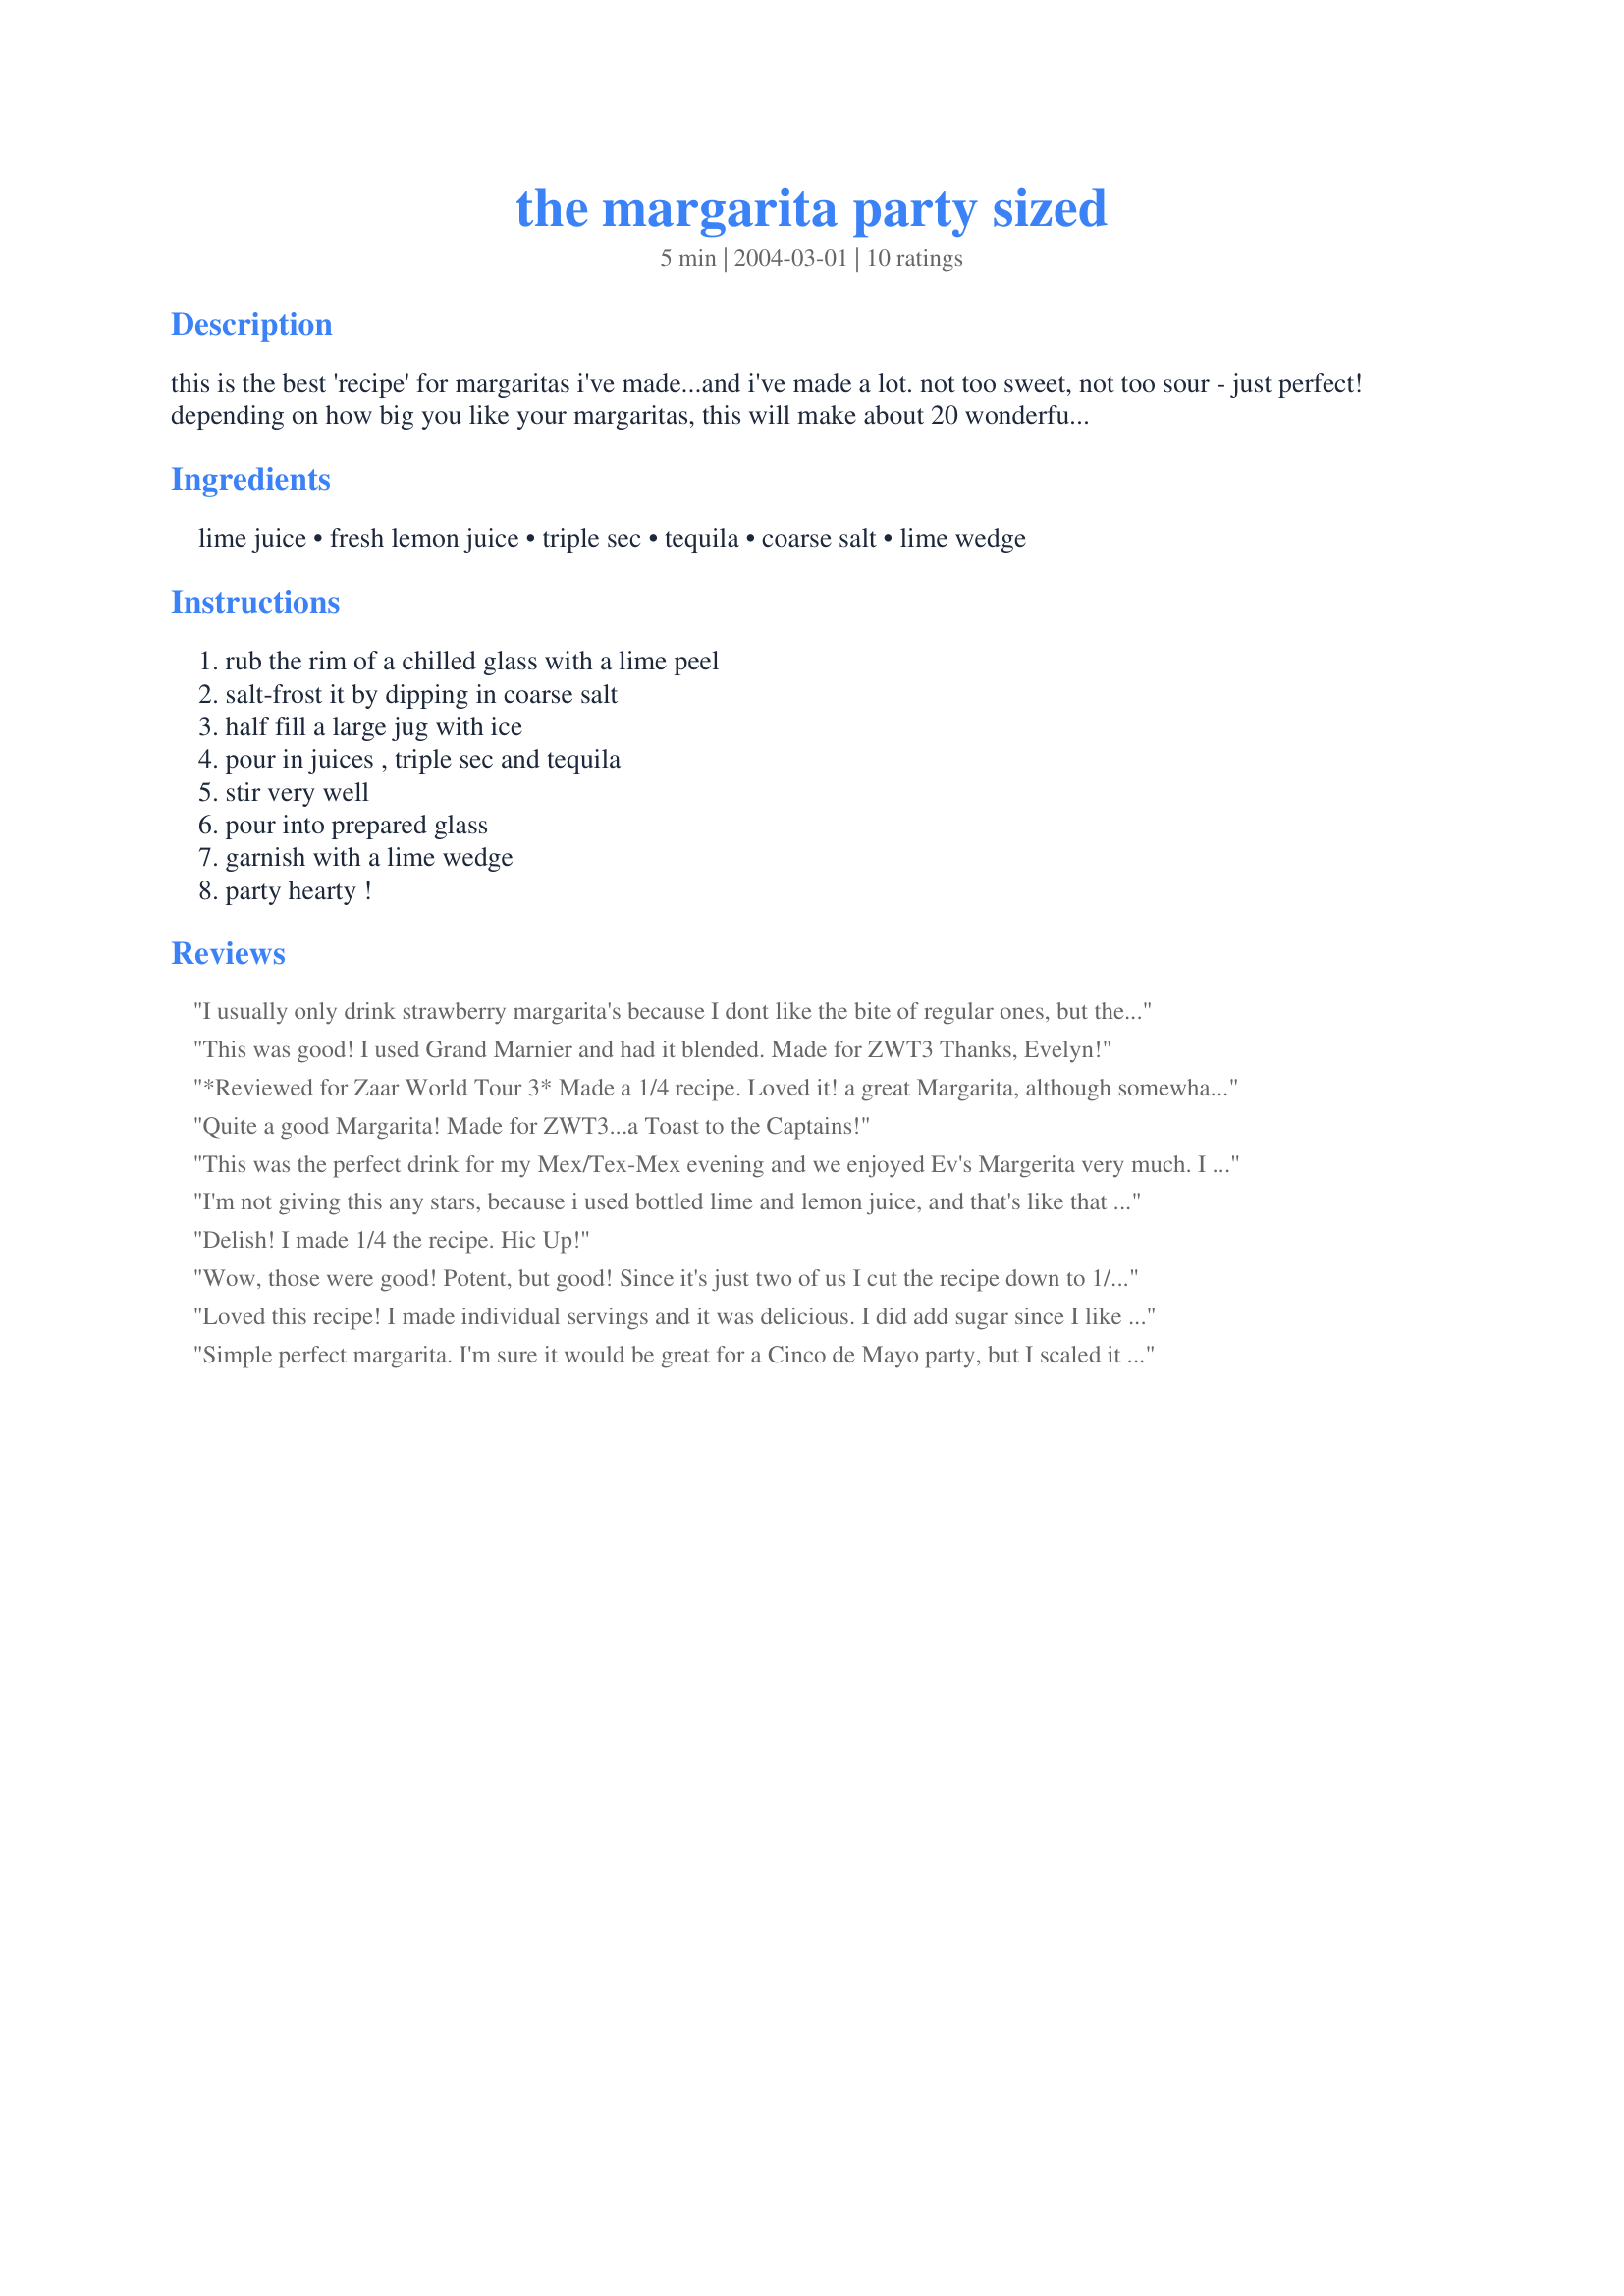
the margarita party sized
Preparation time: 5 minutes

this is the best 'recipe' for margaritas i've made...and i've made a lot. not too sweet, not too sour - just perfect! depending on how big you like your margaritas, this will make about 20 wonderful drinks.

Ingredients:
lime juice, fresh lemon juice, triple sec, tequila, coarse salt, lime wedge

Steps:
rub the rim of a chilled glass with a lime peel, salt-frost it by dipping in coarse salt, half fill a large jug with ice, pour in juices , triple sec and tequila, stir very well, pour into prepared glass, garnish with a lime wedge, party hearty !

Reviews:
I usually only drink strawberry margarita's because I dont like the bite of regular ones, but these are very good. Made half of the recipe for myself and DH, we enjoyed! Thanks Ev!!
This was good! I used Grand Marnier and had it blended. Made for ZWT3
Thanks, Evelyn!
*Reviewed for Zaar World Tour 3* Made a 1/4 recipe. Loved it! a great Margarita, although somewhat lethal.Photo also being posted
Quite a good Margarita! Made for ZWT3...a Toast to the Captains!
This was the perfect drink for my Mex/Tex-Mex evening and we enjoyed Ev's Margerita very much. I preferred to frost the glasses in a mixture of sugar and salt (more sugar than salt). Thank you, Ev!
I'm not giving this any stars, because i used bottled lime and lemon juice, and that's like that green Parmesan.

Having said that, they were very good. I'm sure guessing that when i refill my bottle of tequila, and grab some "live" limes and lemons, it will be a 5*.
Delish! I made 1/4 the recipe. Hic Up!
Wow, those were good! Potent, but good! Since it's just two of us I cut the recipe down to 1/4. Thanks for sharing
Loved this recipe! I made individual servings and it was delicious. I did add sugar since I like my margaritas on the sweeter side. Thanks!
Simple perfect margarita. I'm sure it would be great for a Cinco de Mayo party, but I scaled it down for just the two of us. Delicious.
